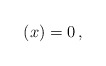
\begin{align*}(x)=0\,,\,\,\,\,\,\end{align*}